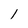
Character: 1